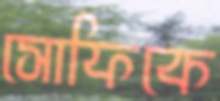
সোফিকে